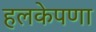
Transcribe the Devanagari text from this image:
हलकेपणा